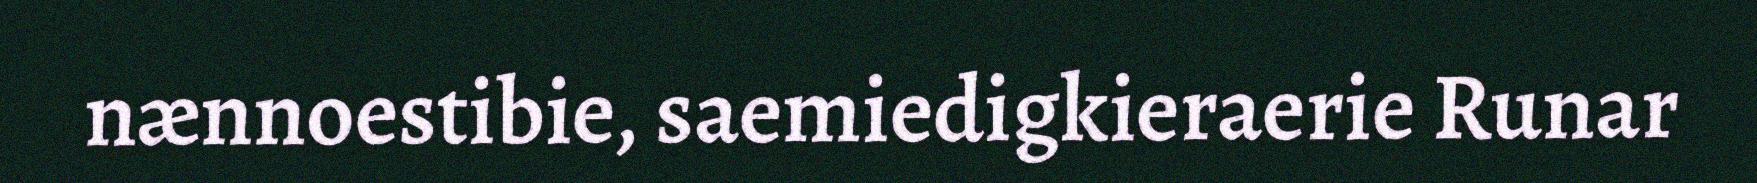
nænnoestibie, saemiedigkieraerie Runar